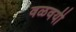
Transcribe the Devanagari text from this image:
वळवयी